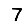
Digit: 7